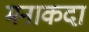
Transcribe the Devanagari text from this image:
मनाकदा